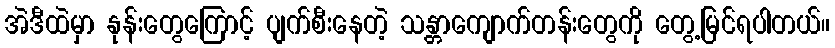
အဲဒီထဲမှာ နုန်းတွေကြောင့် ပျက်စီးနေတဲ့ သန္တာကျောက်တန်းတွေကို တွေ့မြင်ရပါတယ်။